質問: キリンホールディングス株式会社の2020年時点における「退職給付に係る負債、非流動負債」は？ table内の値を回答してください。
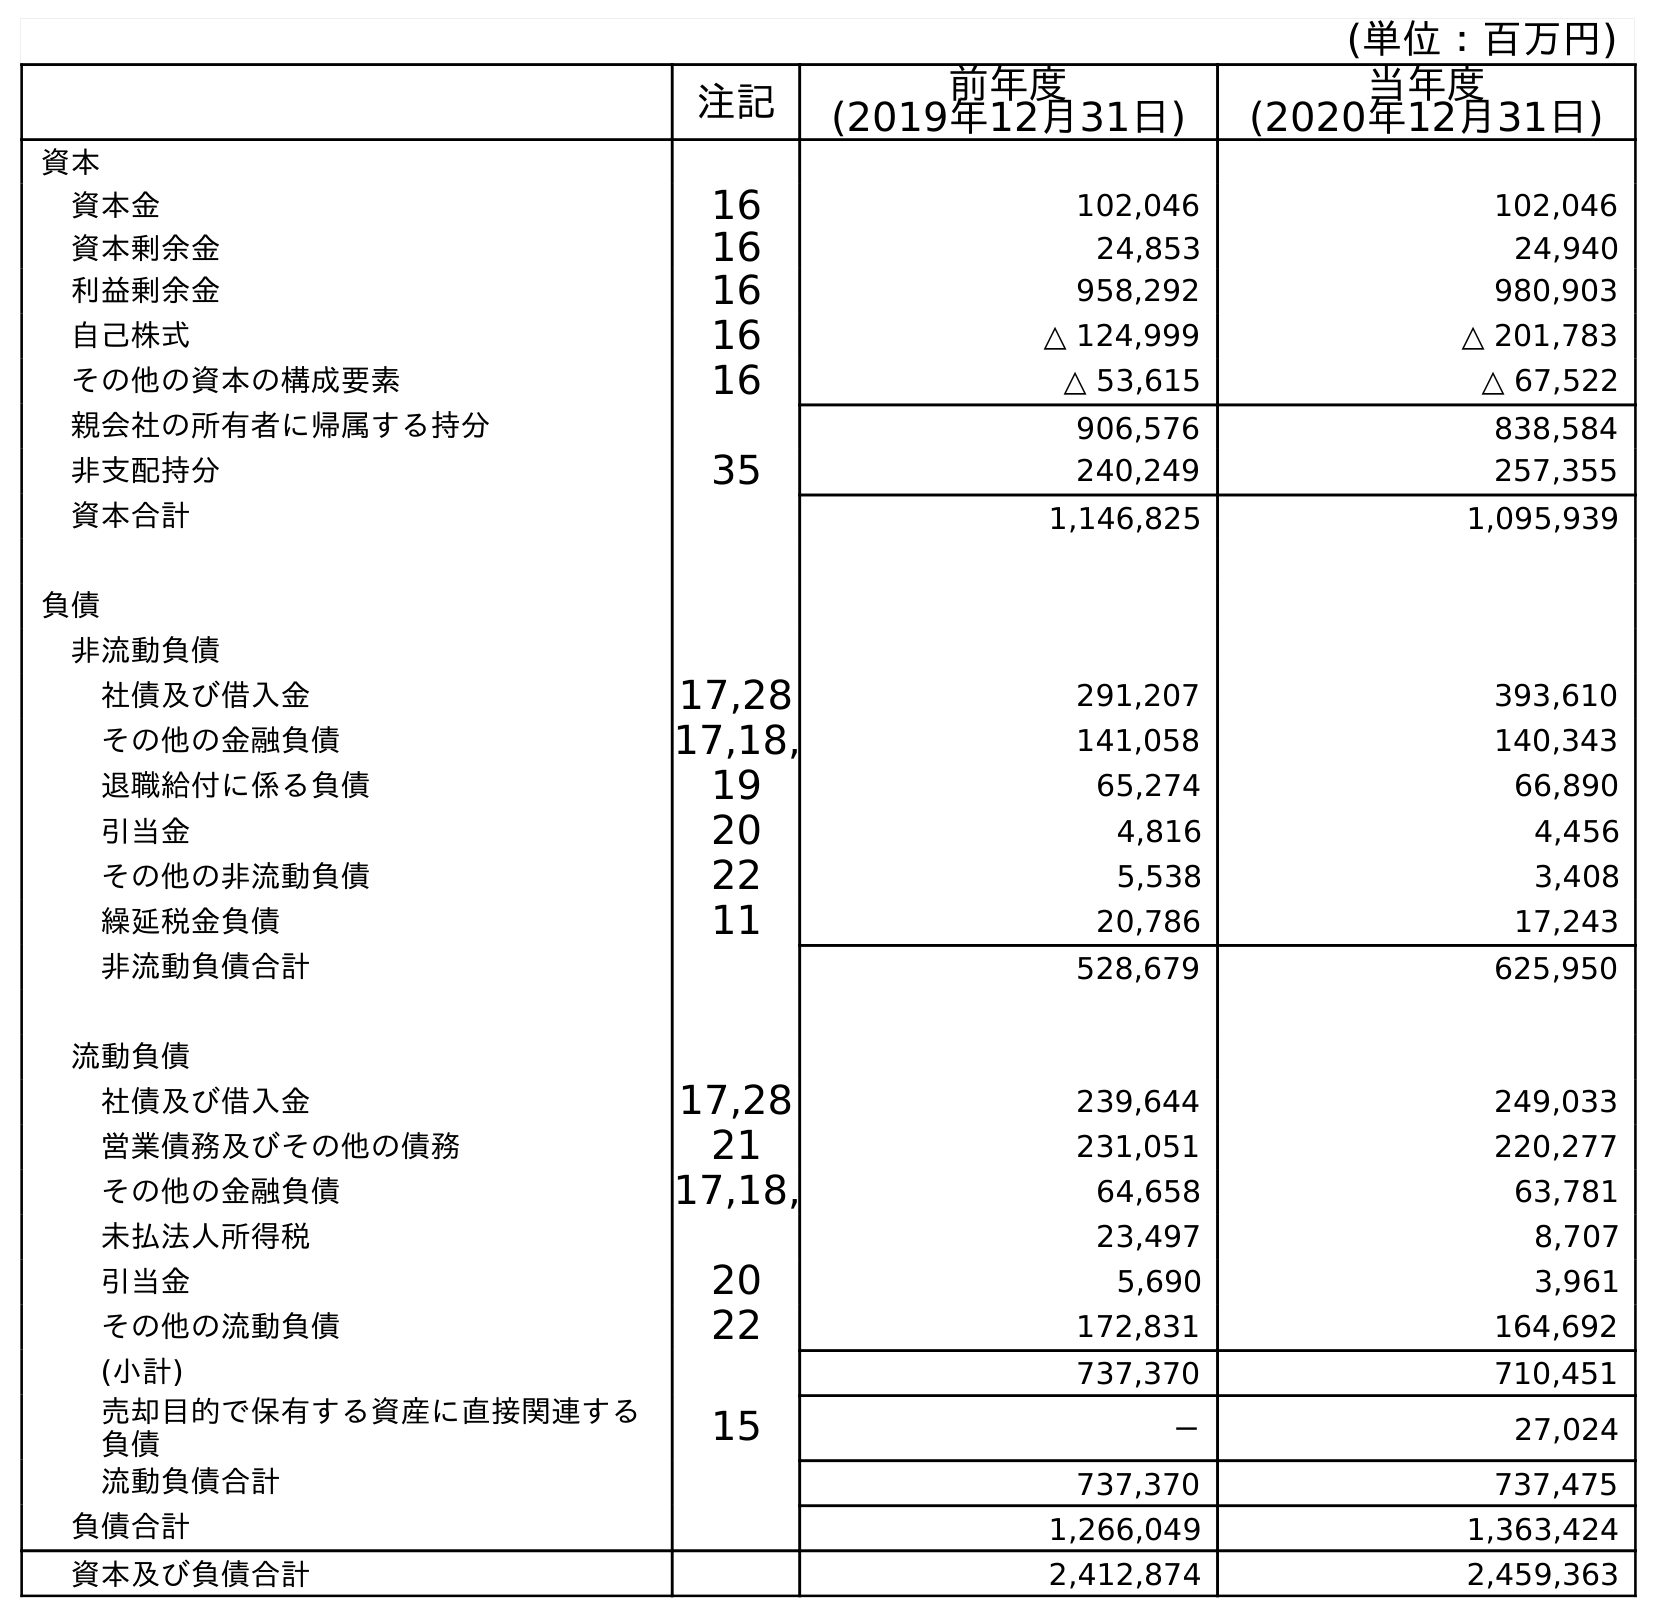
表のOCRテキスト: (単位：百万円) 注記 前年度 (2019年12月31日) 当年度 (2020年12月31日) 資本 資本金 16 102,046 102,046 資本剰余金 16 24,853 24,940 利益剰余金 16 958,292 980,903 自己株式 16 △ 124,999 △ 201,783 その他の資本の構成要素 16 △ 53,615 △ 67,522 親会社の所有者に帰属する持分 906,576 838,584 非支配持分 35 240,249 257,355 資本合計 1,146,825 1,095,939 負債 非流動負債 社債及び借入金 17,28 291,207 393,610 その他の金融負債 17,18, 141,058 140,343 退職給付に係る負債 19 65,274 66,890 引当金 20 4,816 4,456 その他の非流動負債 22 5,538 3,408 繰延税金負債 11 20,786 17,243 非流動負債合計 528,679 625,950 流動負債 社債及び借入金 17,28 239,644 249,033 営業債務及びその他の債務 21 231,051 220,277 その他の金融負債 17,18, 64,658 63,781 未払法人所得税 23,497 8,707 引当金 20 5,690 3,961 その他の流動負債 22 172,831 164,692 (小計) 737,370 710,451 売却目的で保有する資産に直接関連する 負債 15 － 27,024 流動負債合計 737,370 737,475 負債合計 1,266,049 1,363,424 資本及び負債合計 2,412,874 2,459,363
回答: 66,890